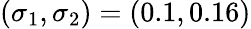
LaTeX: (\sigma_{1},\sigma_{2})=(0.1,0.16)